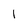
Character: 1